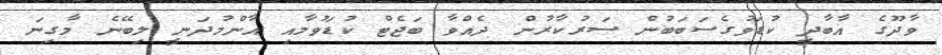
ވާދޫގެ އާބާދީ ކުޑަވުގެސަބަބުން ސަރުކާރުން ދެއްވާ ބަޖެޓް ކުޑަވުމާއި އާންމުދަނީ ލިބޭނެ މާގިނަ